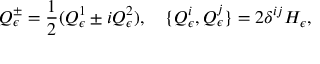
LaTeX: Q _ { \epsilon } ^ { \pm } = \frac { 1 } { 2 } ( Q _ { \epsilon } ^ { 1 } \pm i Q _ { \epsilon } ^ { 2 } ) , \quad \{ Q _ { \epsilon } ^ { i } , Q _ { \epsilon } ^ { j } \} = 2 \delta ^ { i j } H _ { \epsilon } ,